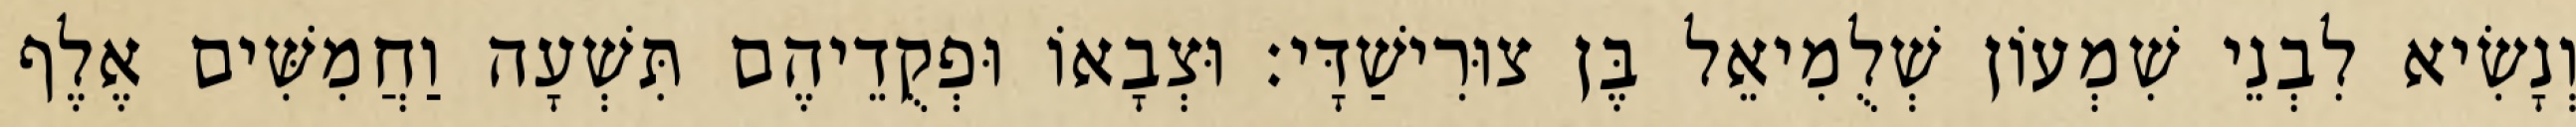
וְנָשִׂיא לִבְנֵי שִׁמְעוֹן שְׁלֻמִיאֵל בֶּן צוּרִישַׁדָּי׃ וּצְבָאוֹ וּפְקֻדֵיהֶם תִּשְׁעָה וַחֲמִשִּׁים אֶלֶף